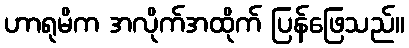
ဟာရုမိက အလိုက်အထိုက် ပြန်ဖြေသည်။